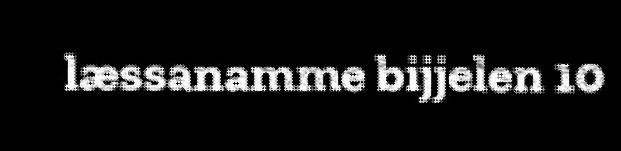
læssanamme bijjelen 10